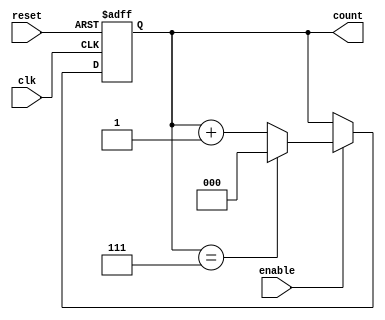
module binary_up_counter (
    input wire clk,        // Clock signal
    input wire reset,      // Asynchronous reset signal
    input wire enable,     // Enable signal
    output reg [n-1:0] count // Output count (n-bit wide)
);
    parameter n = 3; // Number of bits for the counter (3 bits for counting 0-7)

    // Asynchronous reset and counting logic
    always @(posedge clk or posedge reset) begin
        if (reset) begin
            count <= 0; // Reset the count to 0
        end else if (enable) begin
            if (count == (2**n - 1)) begin
                count <= 0; // Wrap around to 0
            end else begin
                count <= count + 1; // Increment the count
            end
        end
    end
endmodule